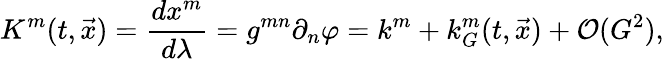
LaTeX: K^{m}(t,{\vec{x}})=\frac{dx^{m}}{d\lambda}=g^{mn}\partial_{n}\varphi=k^{m}+k_{G}^{m}(t,{\vec{x}})+{\cal O}(G^{2}),